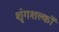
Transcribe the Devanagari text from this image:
शृंगशल्कों